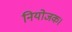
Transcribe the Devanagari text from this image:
नियोजक।